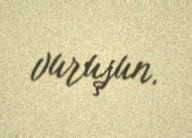
vuruşun.